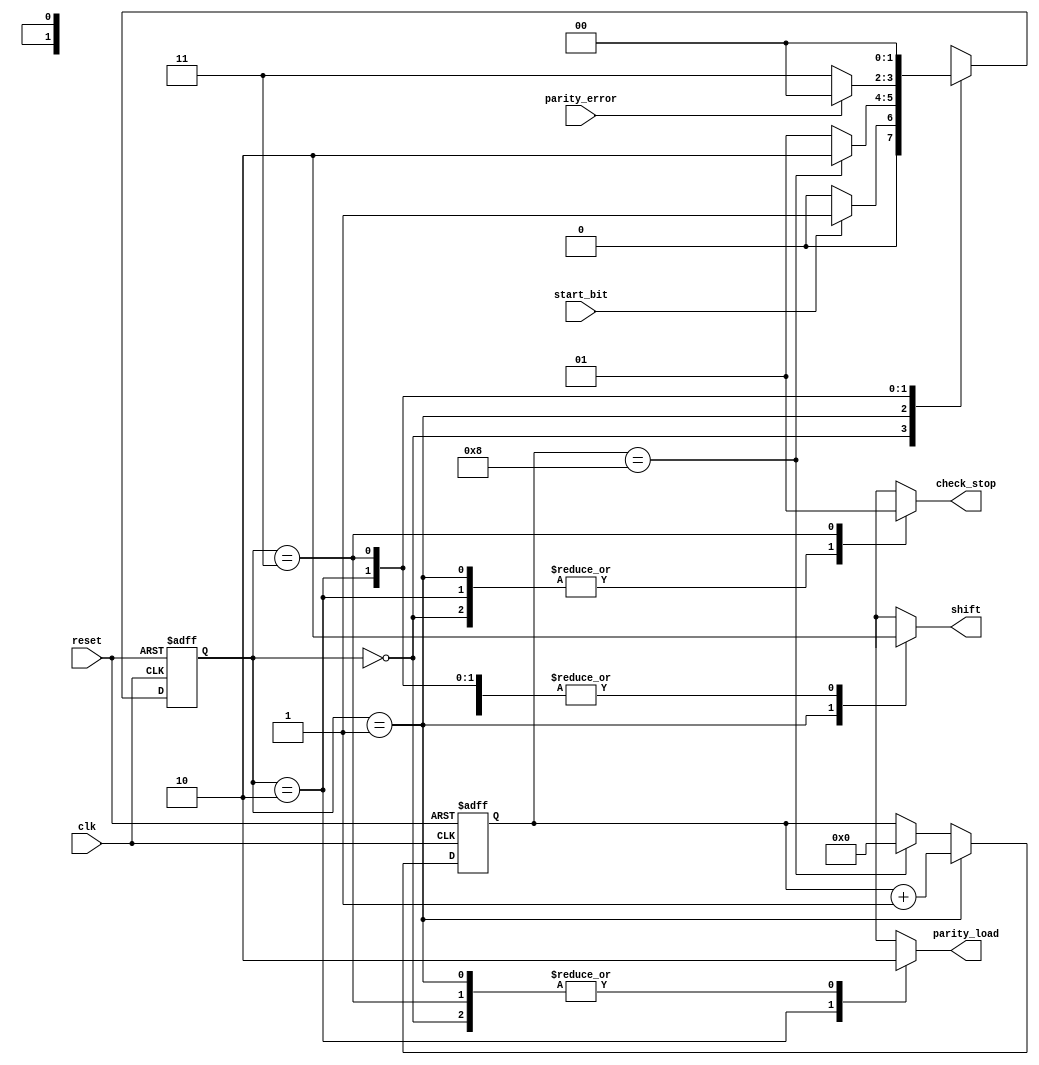
`timescale 1ns / 1ps
//////////////////////////////////////////////////////////////////////////////////
// Company: 
// Engineer: 
// 
// Design Name: 
// Module Name:    RX_CONTROLLER 
// Project Name: 
// Target Devices: 
// Tool versions: 
// Description: 
//
// Dependencies: 
//
// Revision: 
// Revision 0.01 - File Created
// Additional Comments: 
//
//////////////////////////////////////////////////////////////////////////////////
//module RX_CONTROLLER(
//    input clk, reset , start_bit , parity_error,
//    output reg shift , parity_load , check_stop
//    );
//	 reg [1:0] state;
//	 reg [1:0] next_state;
//	 reg [3:0] count = 4'd0;
//	 
//	 parameter Idle = 2'b00 , Data = 2'b01 , Parity = 2'b10 , Stop = 2'b11;
//	 
//	 always @(*)
//		begin
//			case(state)
//			Idle   : begin
//							next_state = (start_bit == 1'b1) ? Data : Idle;
//							shift = 0;
//							parity_load = 0;
//							check_stop = 0;
//						end
//			
//			Data   : begin
//							next_state = (count == 4'b0111) ? Parity : Data;
//							shift = 1;
//							parity_load = 0;
//							check_stop = 0;
//						end
//			
//			Parity : begin
//							next_state = (parity_error == 0) ? Stop : Idle  ;
//							shift = 0;
//							parity_load = 1;
//							check_stop = 0;
//						end
//			Stop   :	begin		
//							next_state = Idle;
//							shift = 0;
//							parity_load = 0;
//							check_stop = 1;
//						end
//			
//			default : next_state = Idle;
//			
//			endcase
//		end
//	 
//	 always @(posedge clk , negedge reset)
//		begin
//			if(!reset)
//				count <= 0;
//			else if(state == Data)
//				count <= count + 1;
//			else if(count == 4'b0111)
//				count <= 4'd0;
//			else
//				count <= count;
//		end
//
//	always @(posedge clk , negedge reset)
//		begin
//			if(!reset)
//				state <= Idle;
//			else
//				state <= next_state;
//		end
//
//endmodule
module RX_CONTROLLER(
    input clk, reset , start_bit , parity_error,
    output reg shift , parity_load , check_stop
    );
	 reg [1:0] state;
	 reg [1:0] next_state;
	 reg [3:0] count = 4'd0;
	 
	 parameter Idle = 2'b00 , Data = 2'b01 , Parity = 2'b10 , Stop = 2'b11;
	 
	 always @(*)
		begin
			case(state)
			Idle   : begin
							next_state = start_bit ? Data : Idle;
							shift = 0;
							parity_load = 0;
							check_stop = 0;
						end
			
			Data   : begin
							next_state = (count == 4'b1000) ? Parity : Data;
							shift = 1;
							parity_load = 0;
							check_stop = 0;
						end
			
			Parity : begin
							next_state = (parity_error == 0)? Stop : Idle;
							shift = 0;
							parity_load = 1;
							check_stop = 0;
						end
			Stop   :	begin		
							next_state = Idle;
							shift = 0;
							parity_load = 0;
							check_stop = 1;
						end
			endcase
		end
	 
	 always @(posedge clk , negedge reset)
		begin
			if(!reset)
				count <= 0;
			else begin
			  if(state == Data)
				count <= count + 1;
			else if(count==4'b1000)
			   count<=4'd0;
				else
				count <=count;
				end
		end

	always @(posedge clk , negedge reset)
		begin
			if(!reset)
				state <= Idle;
			else
				state <= next_state;
		end

endmodule